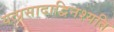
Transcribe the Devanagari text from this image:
यत्प्रसादाद्विनश्यति